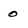
Character: 0